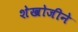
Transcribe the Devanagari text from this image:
शेखोजीने